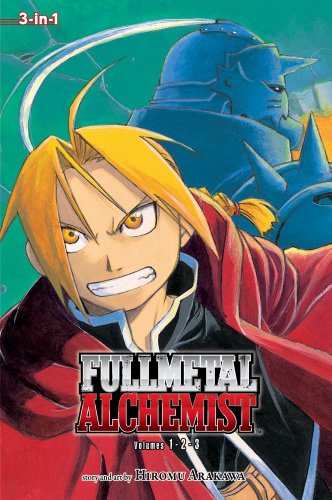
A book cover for Fullmetal Alchemist, Vol. 1-3 (Fullmetal Alchemist 3-in-1); Hiromu Arakawa; Comics & Graphic Novels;